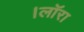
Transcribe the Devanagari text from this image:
।लाॅरा